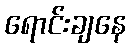
ရောင်းချနေ